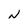
Character: N